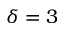
\delta = 3